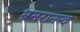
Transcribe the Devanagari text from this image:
भ्रमरानन्‍द